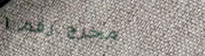
مخرج رقم ١